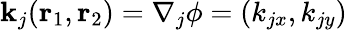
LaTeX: \mathbf{k}_{j}(\mathbf{r}_{1},\mathbf{r}_{2})=\nabla_{j}\phi=(k_{jx},k_{jy})